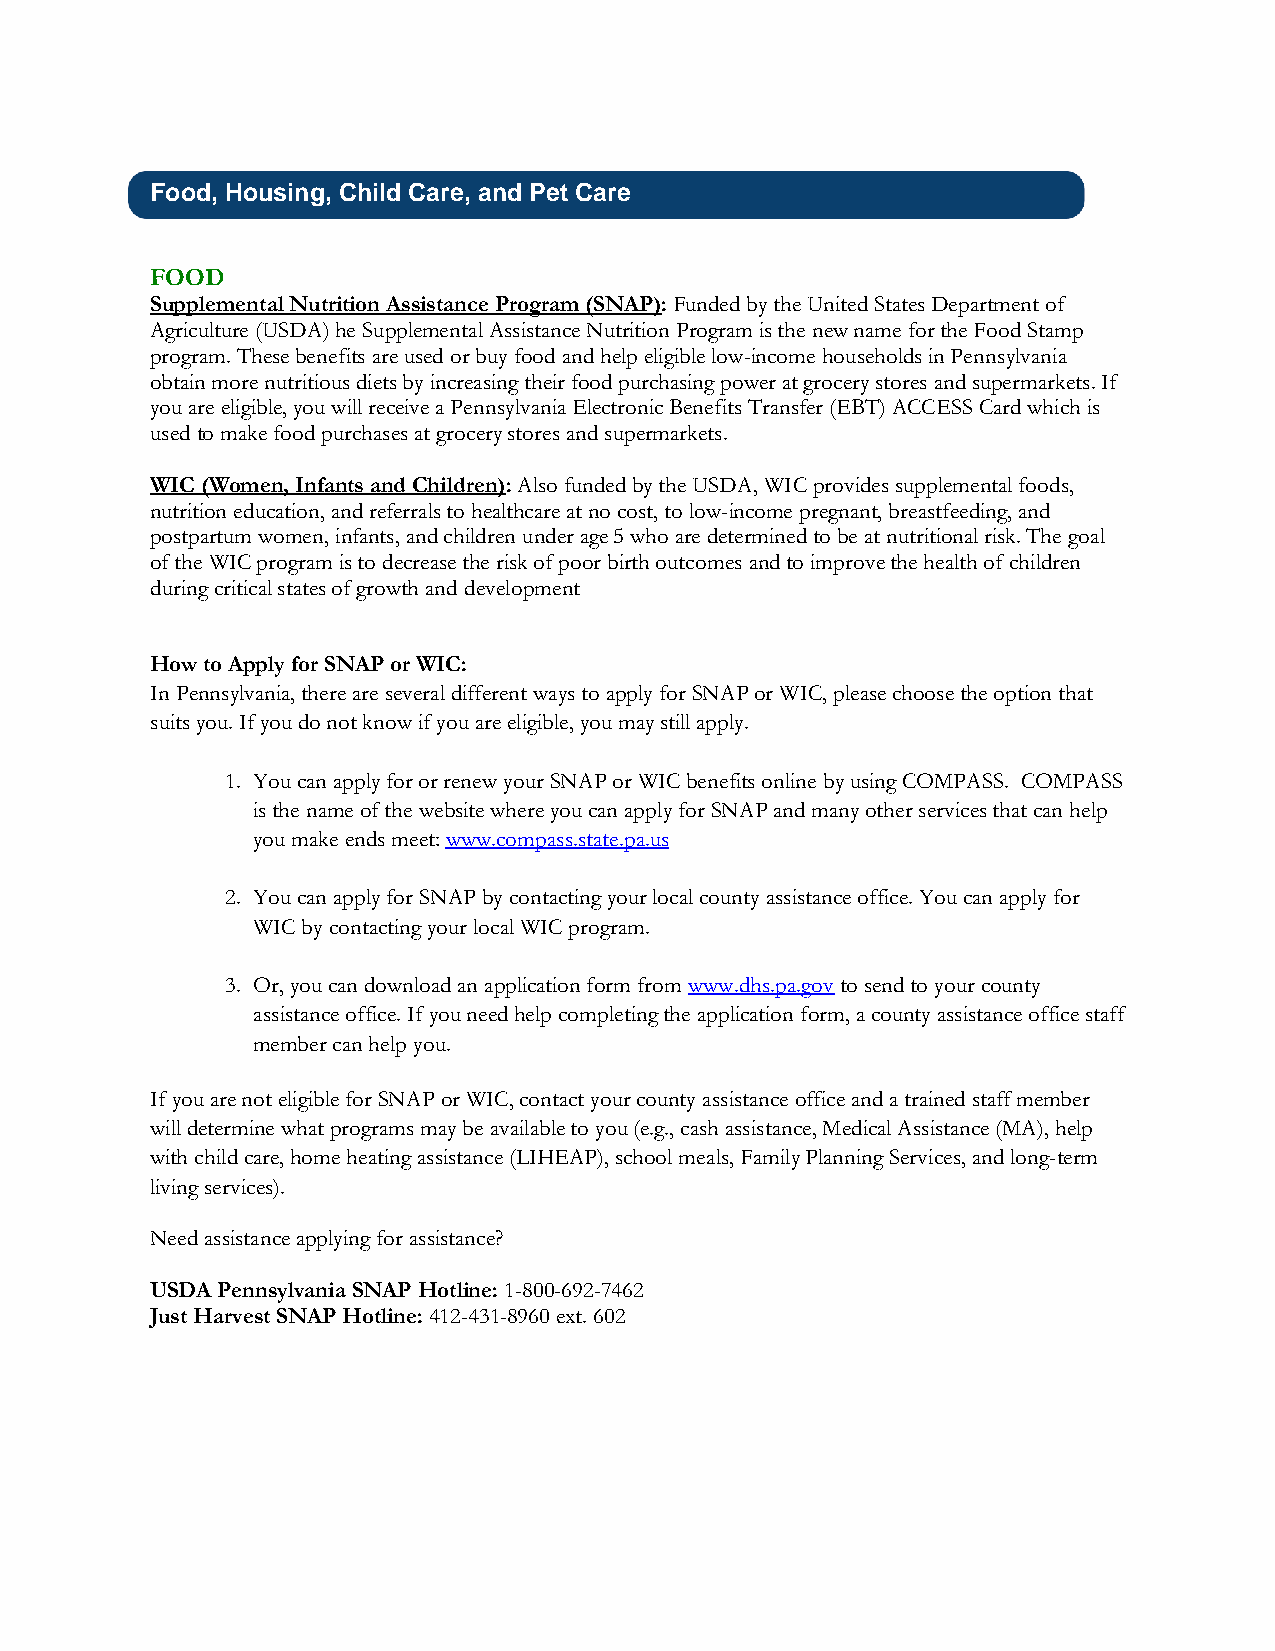
Food, Housing, Child Care, and Pet Care
 FOOD
 Supplemental Nutrition Assistance Program (SNAP): Funded by the United States Department of
 Agriculture (USDA) he Supplemental Assistance Nutrition Program is the new name for the Food Stamp
 program. These benefits are used or buy food and help eligible low-income households in Pennsylvania
 obtain more nutritious diets by increasing their food purchasing power at grocery stores and supermarkets. If
 you are eligible, you will receive a Pennsylvania Electronic Benefits Transfer (EBT) ACCESS Card which is
 used to make food purchases at grocery stores and supermarkets.
 WIC (Women, Infants and Children): Also funded by the USDA, WIC provides supplemental foods,
 nutrition education, and referrals to healthcare at no cost, to low-income pregnant, breastfeeding, and
 postpartum women, infants, and children under age 5 who are determined to be at nutritional risk. The goal
 of the WIC program is to decrease the risk of poor birth outcomes and to improve the health of children
 during critical states of growth and development
 How to Apply for SNAP or WIC:
 In Pennsylvania, there are several different ways to apply for SNAP or WIC, please choose the option that
 suits you. If you do not know if you are eligible, you may still apply.
 1. You can apply for or renew your SNAP or WIC benefits online by using COMPASS. COMPASS
 is the name of the website where you can apply for SNAP and many other services that can help
 you make ends meet: www.compass.state.pa.us
 2. You can apply for SNAP by contacting your local county assistance office. You can apply for
 WIC by contacting your local WIC program.
 3. Or, you can download an application form from www.dhs.pa.gov to send to your county
 assistance office. If you need help completing the application form, a county assistance office staff
 member can help you.
 If you are not eligible for SNAP or WIC, contact your county assistance office and a trained staff member
 will determine what programs may be available to you (e.g., cash assistance, Medical Assistance (MA), help
 with child care, home heating assistance (LIHEAP), school meals, Family Planning Services, and long-term
 living services).
 Need assistance applying for assistance?
 USDA Pennsylvania SNAP Hotline: 1-800-692-7462
 Just Harvest SNAP Hotline: 412-431-8960 ext. 602